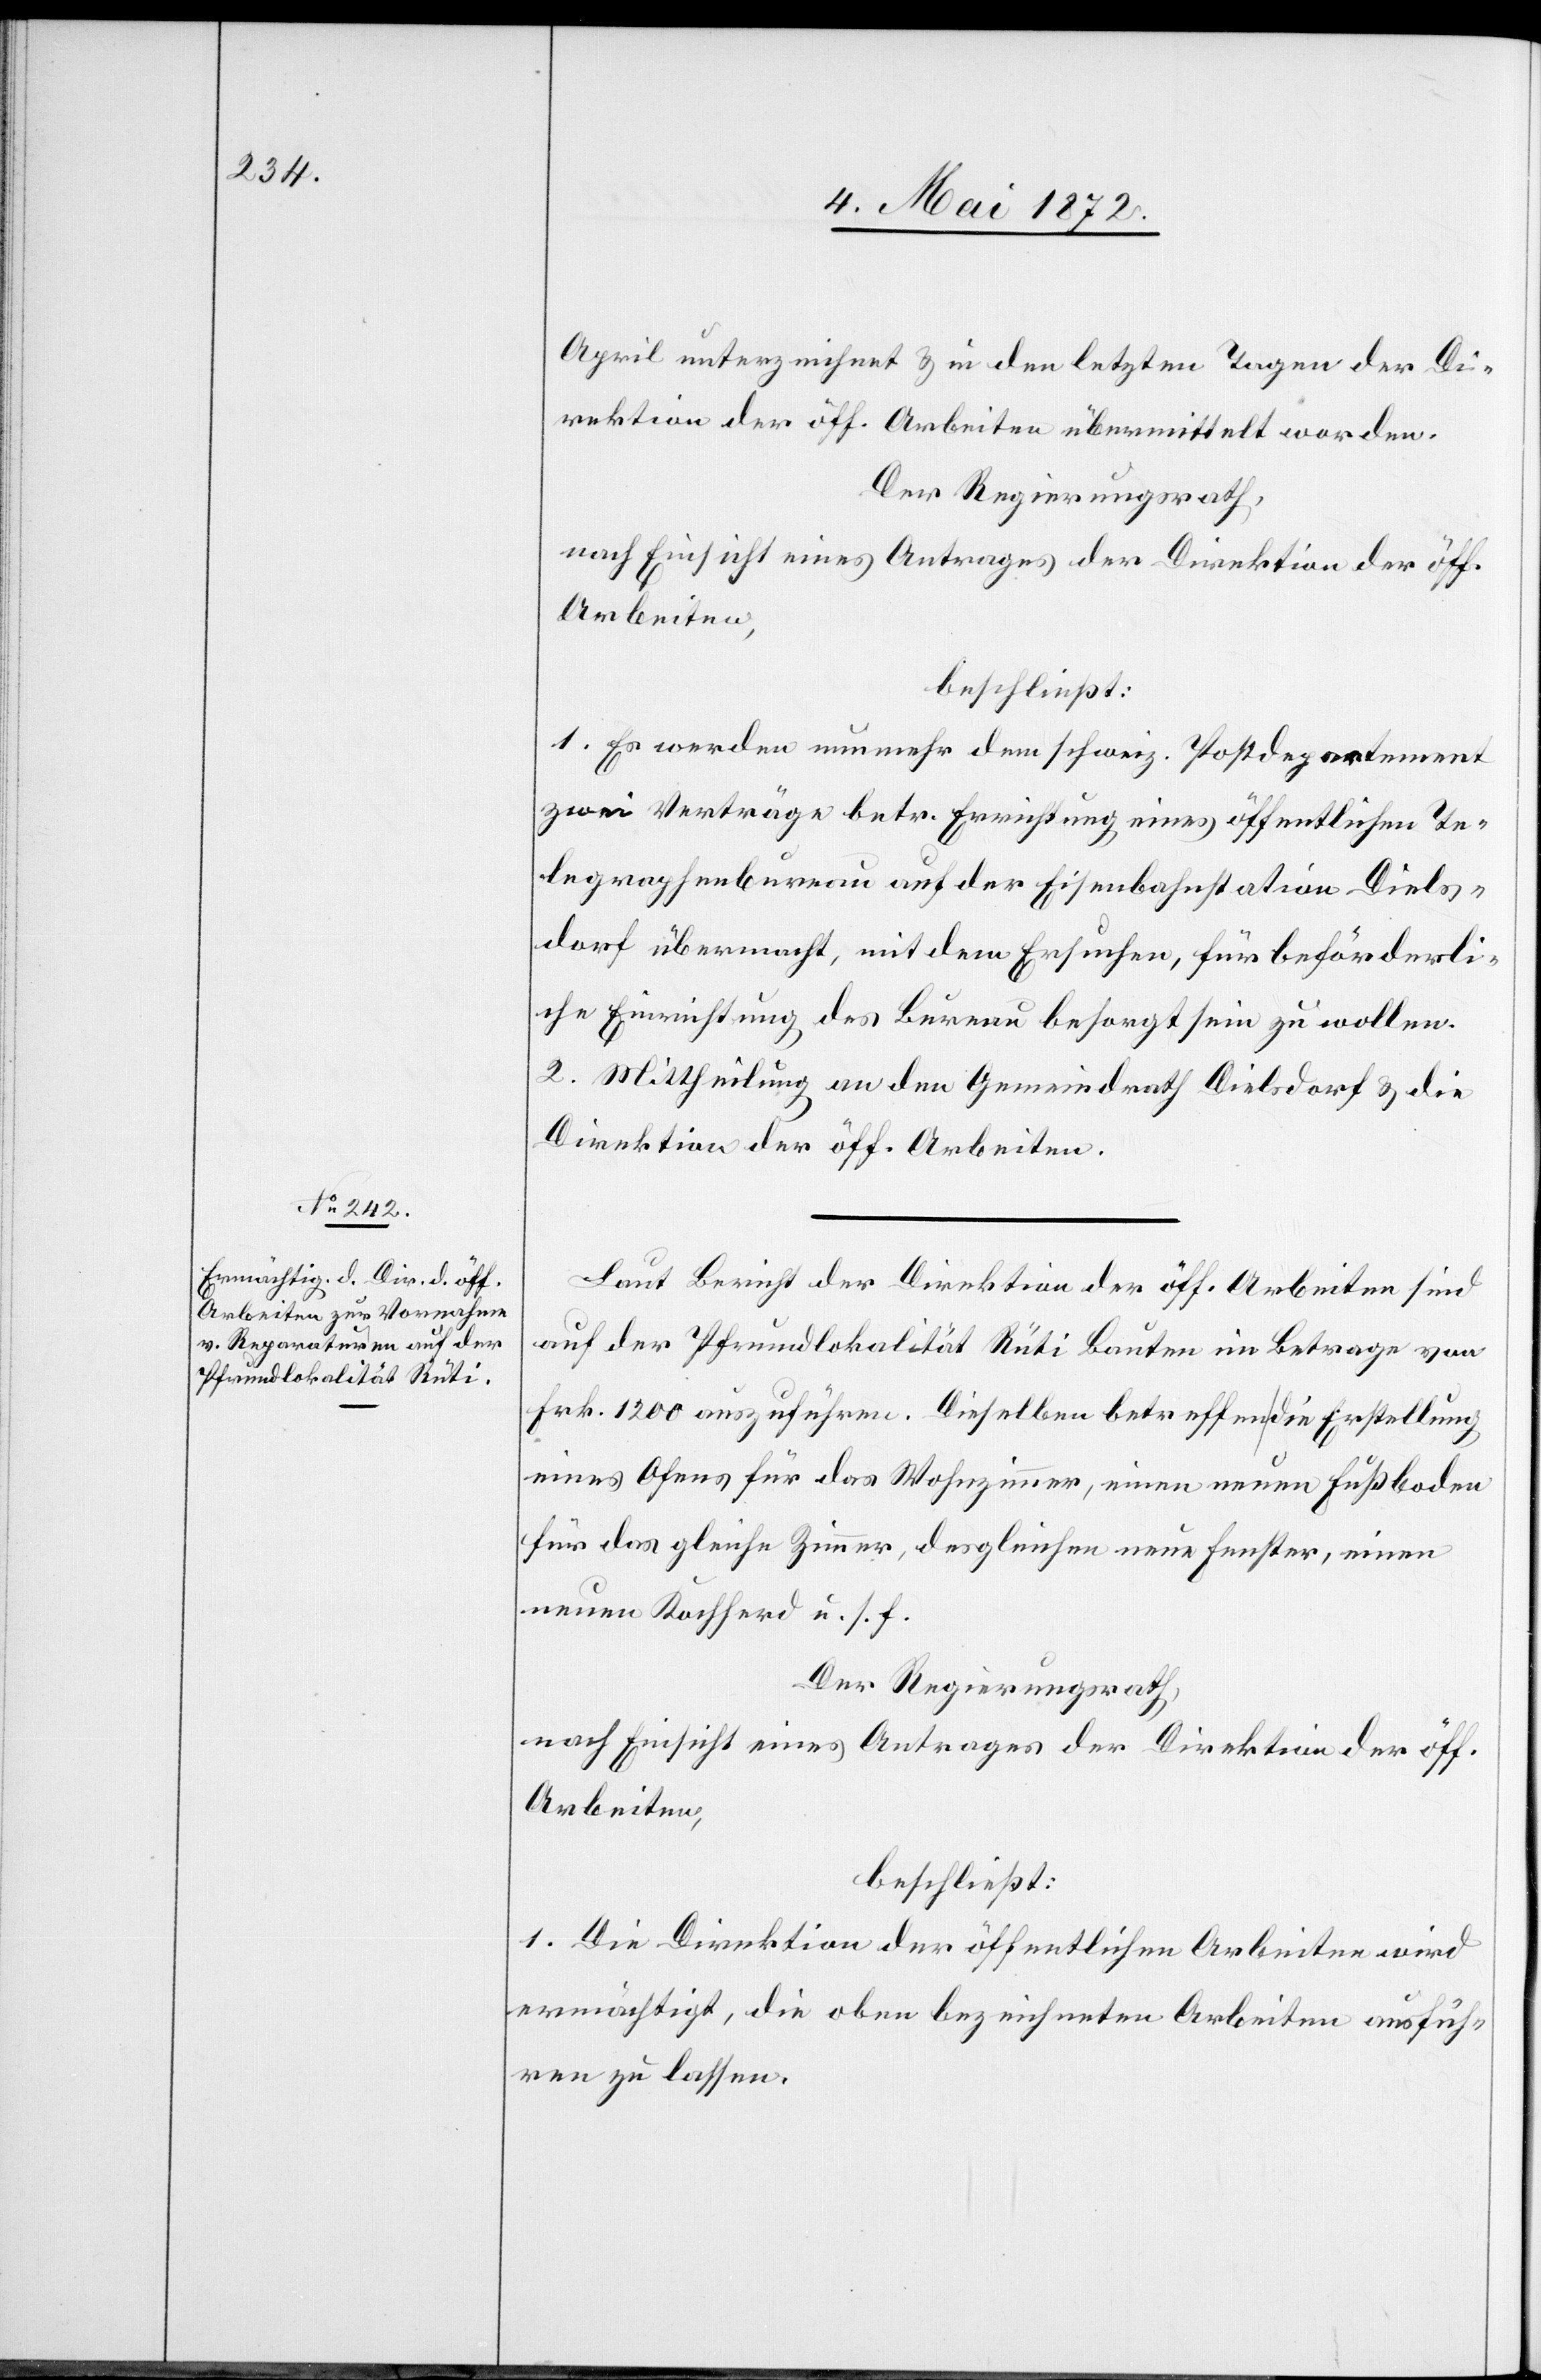
April unterzeichnet u. in den letzten Tagen der Di¬
rektion der öff. Arbeiten übermittelt worden.
Der Regierungsrath,
nach Einsicht eines Antrages der Direktion der öff.
Arbeiten,
beschließt:
1. Es werden nunmehr dem schweiz. Postdepartement
zwei Verträge betr. Errichtung eines öffentlichen Te¬
legraphenbureau auf der Eisenbahnstation Diels¬
dorf übermacht, mit dem Ersuchen, für beförderli¬
che Einrichtung des Bureau besorgt sein zu wollen.
2. Mittheilung an den Gemeindrath Dielsdorf u. die
Direktion der öff. Arbeiten.
Laut Bericht der Direktion der öff. Arbeiten sind
auf der Pfrundlokalität Rüti Bauten im Betrage von
Frk. 1200 auszuführen. Dieselben betreffen die Erstellung
eines Ofens für das Wohnzimmer, einen neuen Fußboden
für das gleiche Zimmer, desgleichen neue Fenster, einen
neuen Kochherd u. s. f.
Der Regierungsrath,
nach Einsicht eines Antrages der Direktion der öff.
Arbeiten,
beschließt:
1. Die Direktion der öffentlichen Arbeiten wird
ermächtigt, die oben bezeichneten Arbeiten ausfüh¬
ren zu lassen.